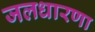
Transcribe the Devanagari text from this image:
जलधारणा